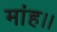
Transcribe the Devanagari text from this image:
मांह।।